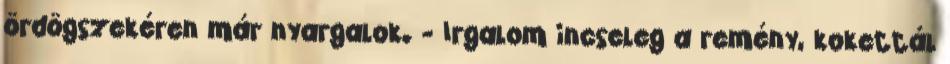
ördögszekéren már nyargalok. - Irgalom incseleg a remény, kokettál